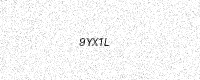
Text: 9YX1L